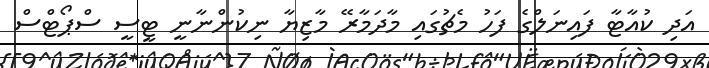
އަދި ކުއާޓާ ފައިނަލްގެ ފަހު މެޗުގައި މާދަމާރޭ މާޒިޔާ ނިކުންނާނީ ޓީސީ ސްޕޯޓްސް